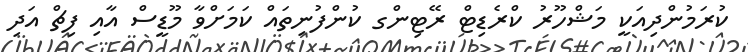
ކުރަމުންދިއަކީ މަޝްހޫރު ކްރެޑިޓް ރޭޓިންގ ކުންފުނިތައް ކަމަށްވާ މޫޑީސް އާއި ފިޗް އަދި